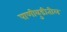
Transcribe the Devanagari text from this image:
पाणीबुडीतील